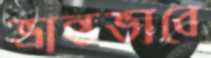
ভ্রান্তভাবে